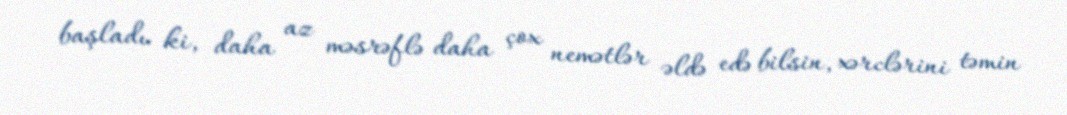
başladı ki, daha az məsrəflə daha çox nemətlər əldə edə bilsin, xərclərini təmin